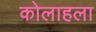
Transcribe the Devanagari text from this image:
कोलाहला